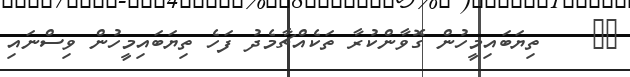
٦٣    ތިޔަބައިމީހުން ގޮވާންކުރާ ތަކެއްޗާމެދު ފަހެ ތިޔަބައިމީހުން ވިސްނައި